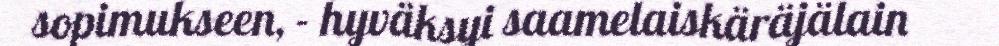
sopimukseen, - hyväksyi saamelaiskäräjälain